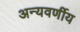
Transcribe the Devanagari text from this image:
अन्यवर्णीय